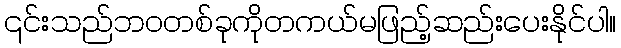
၎င်းသည်ဘဝတစ်ခုကိုတကယ်မဖြည့်ဆည်းပေးနိုင်ပါ။